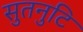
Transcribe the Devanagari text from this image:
सुतनुटि